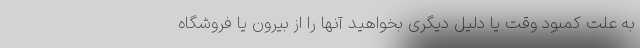
به علت کمبود وقت یا دلیل دیگری بخواهید آنها را از بیرون یا فروشگاه